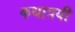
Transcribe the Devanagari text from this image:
कथात्रयी